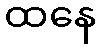
ထနေ